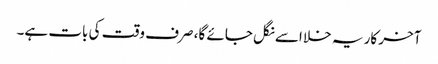
آخر کار یہ خلا اسے نگل جائے گا، صرف وقت کی بات ہے۔